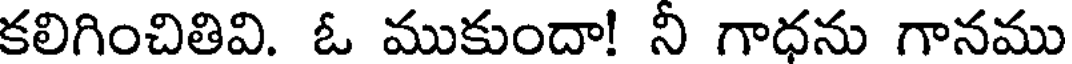
కలిగించితివి. ఓ ముకుందా! నీ గాధను గానము